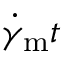
\dot { \gamma } _ { \mathrm { m } } t